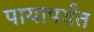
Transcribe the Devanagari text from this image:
पायापर्यंत